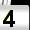
Digit: 4